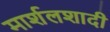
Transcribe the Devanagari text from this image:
मार्शलशादी